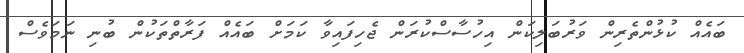
ބައެއް ކުޅުންތެރިން ވަރުބަލިކަން އިހުސާސްކުރަން ޖެހިފައިވާ ކަމަށް ބައެއް ފަރާތްތަކުން ބުނި ނަމަވެސް